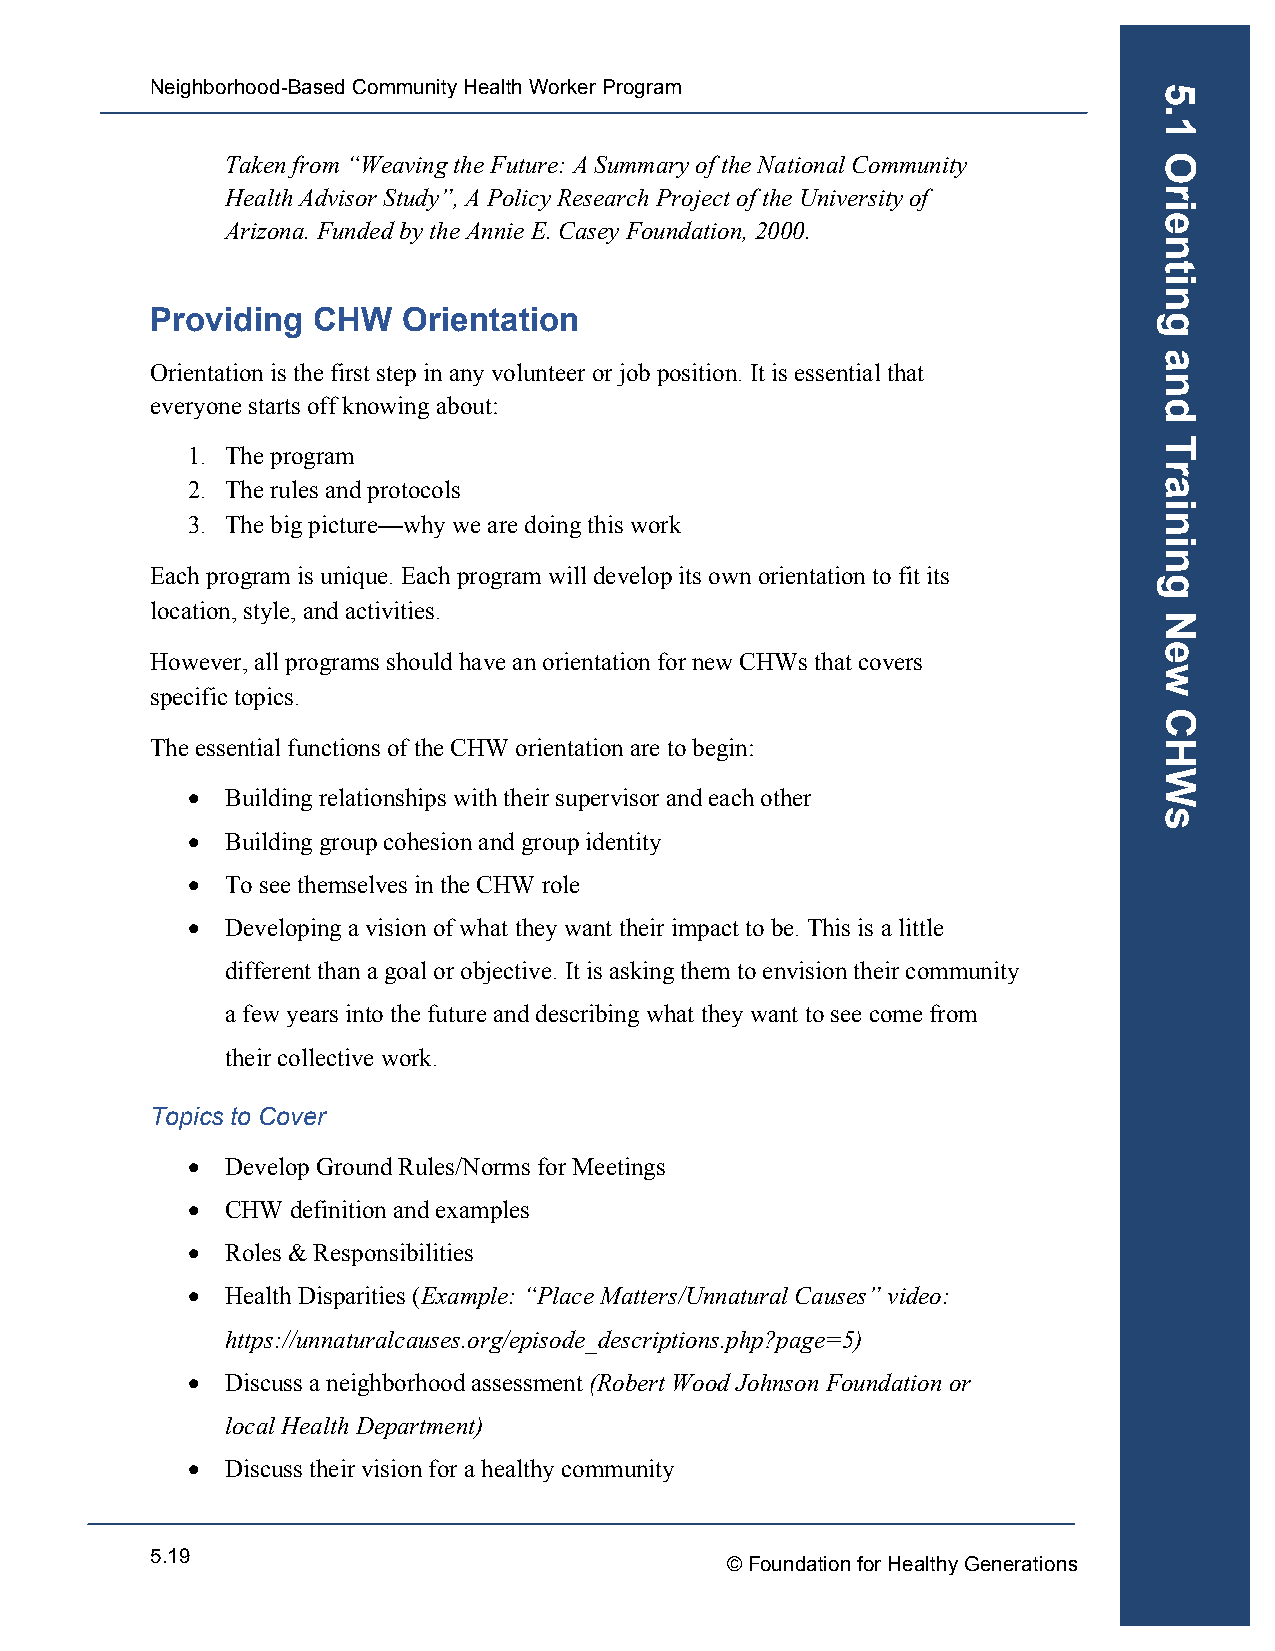
Neighborhood-Based Community Health Worker Program
 Taken from “Weaving the Future: A Summary of the National Community
 Health Advisor Study”, A Policy Research Project of the University of
 Arizona. Funded by the Annie E. Casey Foundation, 2000.
 Providing  CHW   Orientation
 Orientation is the first step in any volunteer or job position. It is essential that
 everyone starts off knowing about:
 1. The program
 2. The rules and protocols
 3. The big picture—why we are doing this work
 Each program is unique. Each program will develop its own orientation to fit its
 location, style, and activities.
 However, all programs should have an orientation for new CHWs that covers
 specific topics.
 The essential functions of the CHW orientation are to begin:
 •  Building relationships with their supervisor and each other
 •  Building group cohesion and group identity
 •  To see themselves in the CHW role
 •  Developing a vision of what they want their impact to be. This is a little
 different than a goal or objective. It is asking them to envision their community
 a few years into the future and describing what they want to see come from
 their collective work.
 Topics to Cover
 •  Develop Ground Rules/Norms for Meetings
 •  CHW definition and examples
 •  Roles & Responsibilities
 •  Health Disparities (Example: “Place Matters/Unnatural Causes” video:
 https://unnaturalcauses.org/episode_descriptions.php?page=5)
 •  Discuss a neighborhood assessment (Robert Wood Johnson Foundation or
 local Health Department)
 •  Discuss their vision for a healthy community
 5.19
 © Foundation for Healthy Generations
 5.1
 Orienting
 and
 Training
 New
 CHWs